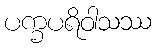
ပက္ခပရိဝါသဿ